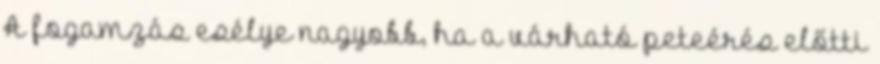
A fogamzás esélye nagyobb, ha a várható peteérés előtti